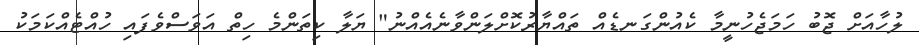
ލުހާއަށް ޖޮބު ހަމަޖެހުނީމާ ކެއުންގަނޑެއް ތައްޔާރުކޮށްލަންވާނެއެއްނު" ޔަލާ ކިތަންމެ ހިތް އަވަސްވެފައި ހުއްޓެއްކަމަކު